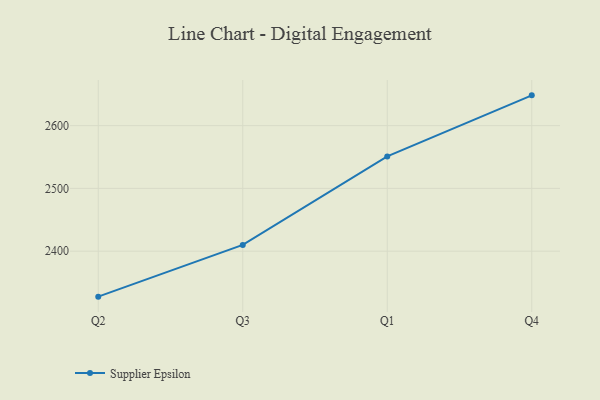
{"axis": {"x": "Quarter", "y": "Active Users"}, "legend": ["Supplier Epsilon"], "data": [{"x": "Q2", "y": 2327.6, "type": "Supplier Epsilon"}, {"x": "Q3", "y": 2410.0, "type": "Supplier Epsilon"}, {"x": "Q1", "y": 2551.0, "type": "Supplier Epsilon"}, {"x": "Q4", "y": 2648.2, "type": "Supplier Epsilon"}]}